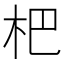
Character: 杷